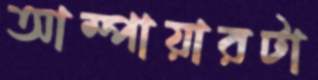
আম্পায়ারটা